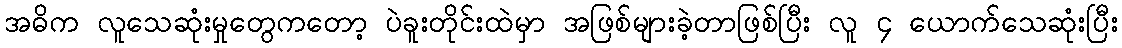
အဓိက လူသေဆုံးမှုတွေကတော့ ပဲခူးတိုင်းထဲမှာ အဖြစ်များခဲ့တာဖြစ်ပြီး လူ ၄ ယောက်သေဆုံးပြီး